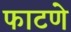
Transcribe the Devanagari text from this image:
फाटणे